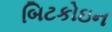
બિટકોઇન